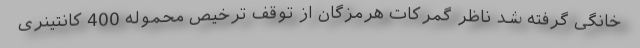
خانگی گرفته شد ناظر گمرکات هرمزگان از توقف ترخیص محموله 400 کانتینری